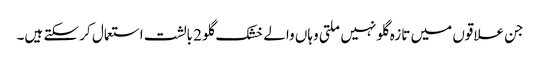
جن علاقوں میں تازہ گلو نہیں ملتی وہاں والے خشک گلو 2 بالشت استعمال کر سکتے ہیں۔